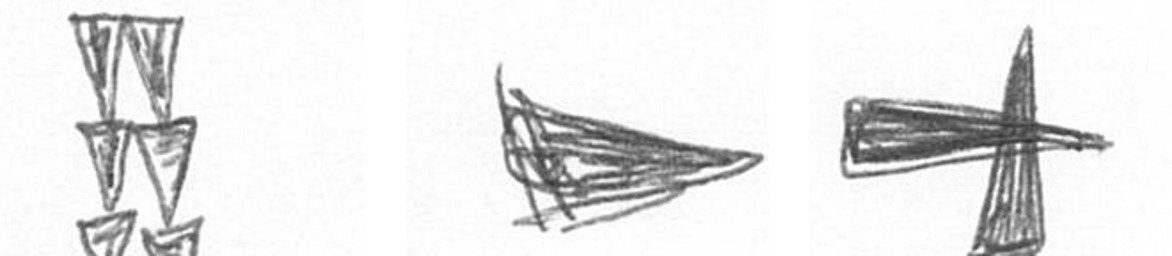
Y T G